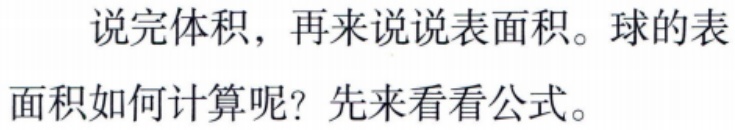
说完体积，再来说说表面积。球的表面积如何计算呢？先来看看公式。